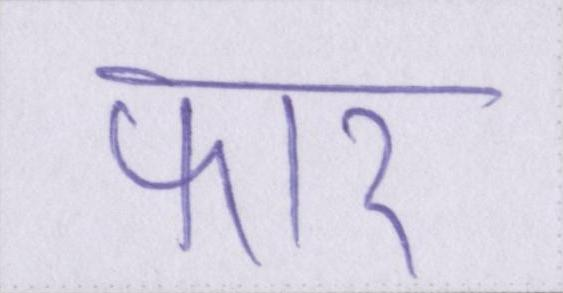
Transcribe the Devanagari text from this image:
फार